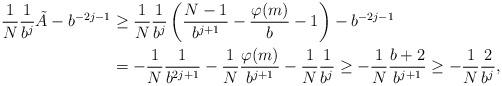
LaTeX: \begin{align*} \frac{1}{N}\frac{1}{b^j}\tilde{A}-b^{-2j-1}&\geq \frac{1}{N}\frac{1}{b^j}\left(\frac{N-1}{b^{j+1}}-\frac{\varphi(m)}{b}-1\right)-b^{-2j-1} \\ &= -\frac{1}{N}\frac{1}{b^{2j+1}}-\frac{1}{N}\frac{\varphi(m)}{b^{j+1}}-\frac{1}{N}\frac{1}{b^j} \geq -\frac{1}{N}\frac{b+2}{b^{j+1}}\geq -\frac{1}{N}\frac{2}{b^j},\end{align*}